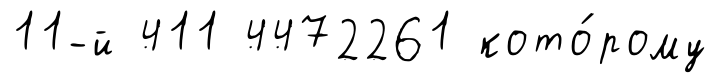
11-й 411 4472261 кото́рому